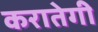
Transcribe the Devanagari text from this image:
करातेगी